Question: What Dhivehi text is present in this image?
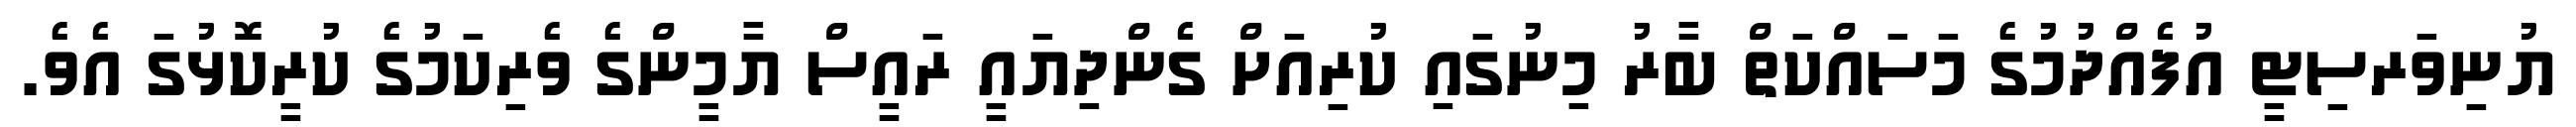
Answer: ޔުނިވަރސިޓީ އުފެއްދުމުގެ މަސައްކަތް ބާރު މިނުގައި ކުރިއަށް ގެންދިޔައީ ރައީސް ޔާމީންގެ ވެރިކަމުގެ ކުރީކޮޅުގަ އެވެ.